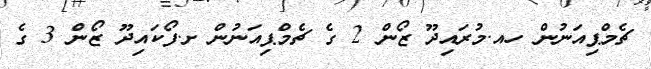
ޗެމްޕިއަނުން ހއ.މުރައިދޫ ޒޯން 2 ގެ ޗެމްޕިއަނުން ށ.ފޯކައިދޫ ޒޯން 3 ގެ